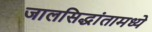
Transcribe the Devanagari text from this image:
जालसिद्धांतामध्ये